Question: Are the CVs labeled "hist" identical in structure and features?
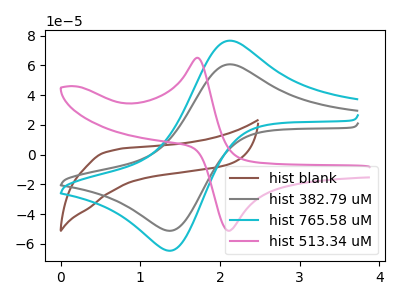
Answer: <think>The brown curve "hist blank" has no peaks. The gray curve "hist 382.79 uM" has an anodic peak at (2.10V, 60.75uA) and a cathodic peak at (1.40V, -50.95uA). The cyan curve "hist 765.58 uM" has an anodic peak at (2.10V, 76.65uA) and a cathodic peak at (1.40V, -64.30uA). The pink curve "hist 513.34 uM" has an anodic peak at (1.70V, 65.15uA) and a cathodic peak at (2.10V, -51.10uA).
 "hist blank" and "hist 382.79 uM" have a different number of peaks. "hist blank" and "hist 765.58 uM" have a different number of peaks. "hist blank" and "hist 513.34 uM" have a different number of peaks. All the peaks in "hist 382.79 uM" have a peak in "hist 765.58 uM" at the same potential. Every peak in "hist 382.79 uM" is lower than every peak in "hist 765.58 uM". "hist 382.79 uM" and "hist 513.34 uM" have at least one peak that do not match. "hist 765.58 uM" and "hist 513.34 uM" have at least one peak that do not match.</think>
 <answer>All the CV's of "hist" have similar shape.</answer>
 <eval>follow_rule</eval>